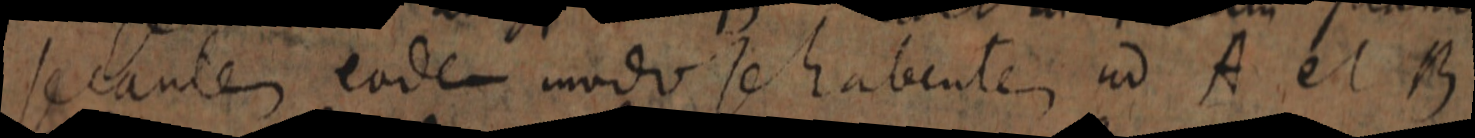
secantes eodem modo se habentem ad A et B